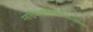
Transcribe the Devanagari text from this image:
महासुखाश्रयसहजांनदप्रदायिका